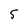
Character: 5